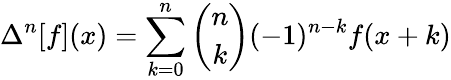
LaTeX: \Delta^{n}[f](x)=\sum_{k=0}^{n}{\binom{n}{k}}(-1)^{n-k}f(x+k)